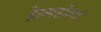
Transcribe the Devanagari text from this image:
हेल्महोल्ज